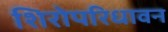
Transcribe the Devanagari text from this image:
शिरोपरिधावन